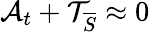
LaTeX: \mathcal{A}_{t}+\mathcal{T}_{\overline{{S}}}\approx 0